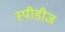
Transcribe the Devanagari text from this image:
स्पीडीज